Report on sanitation, dispensaries, and jails in Rajputana for 1909, and on vaccination for the year 1909-1910 - 1909-1910
Year: 1909
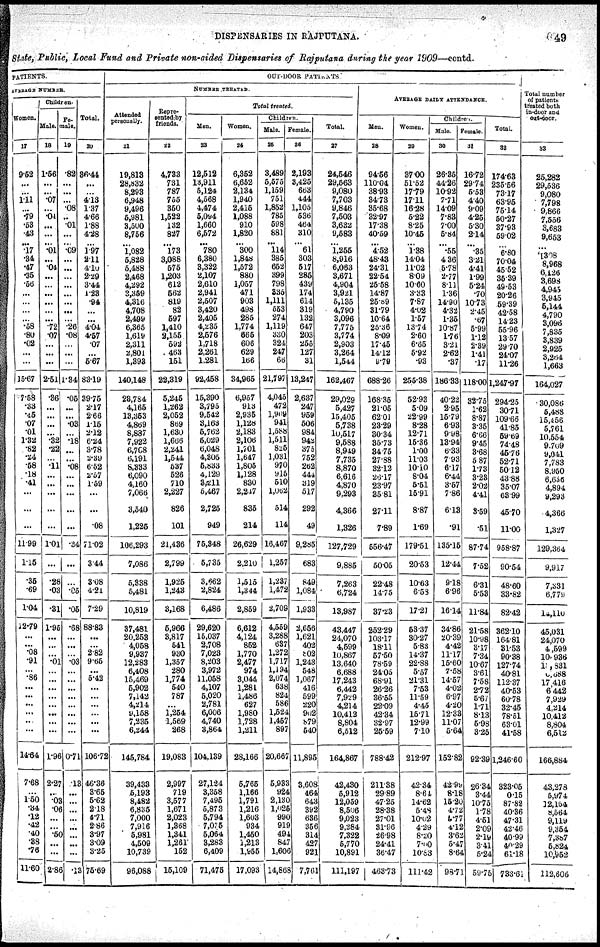
DISPENSARIES IN RAJPUTANA.
49
State, Public, Local Fund and Private non-aided Dispensaries of Rajputana during the year 1909—contd.
PATIENTS.
AVERAGE NUMBER.
Women.
17
9.52
...
...
111
...
.79
.53
.43
... .17
.34
.47
.35
.56
...
...
...
...
.58
.80
.02
...
...
15.67
7.58
.33
.45
.07
.01
1.32
.82
.24
.58
.18
.41
...
...
...
11.99
1.15
.35
.69
1.04
12.79
...
...
.08
.91
...
.86
...
...
...
...
...
...
14.64
7.68
...
1.50
.34
.12
.42
.40 .38
.76
11.60
Children.
Male.
18
1.56
...
...
.07
...
.04
...
...
...
.01
...
.04
...
...
...
...
...
...
.72
.07
...
...
...
2.51
.36
...
...
...
...
.32
.22
...
.11
...
...
...
...
...
1.01
...
.28
.03
.31
1.95
...
...
...
.01
...
...
...
...
...
...
...
...
1.96
2.27
...
.03
.06
...
... .50
...
...
2.86
Fe¬
male.
19
.82
...
...
...
.08
..
.01
...
...
.09
...
...
...
...
...
...
...
...
.26
.08
...
...
...
1.34
.05
...
...
.03
... .18
...
...
.08
...
...
...
...
...
.34
...
...
.05
.05
.68
...
...
...
.03
...
...
...
...
...
...
...
...
0.71
.13
...
...
...
...
...
...
...
...
.13
Total.
20
36.44
...
...
4.13
1.37
4.66
4.88
4.28
...
1.97
2.11
4.10
2.29
3.44
1.23
.94
...
...
4.04
4.57
.07
...
5.67
83.19
39.75
2.17
2.66
1.15
2.12
6.24
3.78
2.39
6.52
2.57
1.59
...
...
.08
71.02
3.44
3.08
4.21
7.29
88.83
...
...
2.82
9.65
...
5.42
...
...
...
...
...
...
106.72
46.36
3.65
5.62
2.18
4.71
2.86
3.97
3.09
3.25
75.69
OUT-DOOR PATIENTS
NUMBER TREATED.
Attended
personally.
21
19,813
28,832
8,293
6,948
9,496
5,981
3,500
8,756
...
1,082
5,828
5,488
2,468
4,292
3,359
4,316
4,708
2,499
6,365
1,619
2,311
2,801
1,393
140,148
23,784
4,165
13,353
4,869
8,887
7,922
6,708
6,191
8,333
6,090
4,160
7,066
3,540
1,225
106,293
7,086
5,338
5,481
10,819
37,481
20,253
4,058
9,937
12,283
6,408
15,469
5,902
7,142
4,214
9,158
7,235
6,244
145,784
39,433
5,193
8,482
6,835
7,000
7,916
5,981
4,509
10,739
96,088
Repre¬
sented by
friends.
22
4,733
731
787
755
350
1,522
132
827
...
173
3,088
575
1,203
612
562
819
82
597
1,410
2,155
592
463
151
22,319
5,245
1,262
2,052
869
1,630
1,666
2,241
1,544
537
526
710
2,227
826
101
21,436
2,799
1,925
1,243
3,168
5,966
3,817
541
930
1,357
280
1,774
540
787
...
1,254
1,569
268
19,083
2,997
719
3,577
1,671
2,023
1,368
1,341
1,261
152
15,109
Total treated.
Men.
23
12,512
13,911
5,124
4,568
4,474
5,094
1,660
6,572
... 780
6,380
3,322
2,107
2,610
2,941
2,507
3,420
2,405
4,235
2,576
1,718
2,261
1,281
92,458
15,390
3,795
9,542
3,163
5,762
5,029
6,048
4,305
5,833
4,129
3,211
5,467
2,725
949
75,348
5,735
3,662
2,824
6,486
29,620
15,037
2,708
7,023
8,203
3,972
11,058
4,107
5,020
2,781
6,006
4,740
3,864
104,139
27,124
3,358
7,495
5,873
5,794
7,075
5,064
3,283
6,409
71,475
Women.
24
6,352
6,652
2,134
1,940
2,415
1,088
910
1,820
... 300
1,848
1,572
880
1,057
471
903
498
285
1,774
665
606
629
166
34,965
6,957
913
2,935
1,128
2,183
2,106
1,701
1,647
1,805
1,128
830
2,247
835
214
26,629
2,210
1,515
1,344
2,859
6,612
4,124
852
1,770
2,477
974
3,044
1,281
1,486
627
1,980
1,728
1,211
28,166
5,765
1,166
1,791
1,216
1,608
934
1,450
1,213
1,955
17,093
Children.
Male.
25
3,489
5,575
1,159
751
1,852
785
598
881
... 114
385
652
399
798
335
1,111
553
274
1,119
330
324
247
66
21,797
4,045
472
1,969
941
1,588
1,511
825
1,031
970
915
510
1,062
514
114
16,467
1,257
1,237
1,472
2,709
4,559
3,288
637
1,272
1,717
1,194
2,074
638
824
586
1,524
1,457
897
20,667
5,933
924
2,130
1,025
990
919
494
847
1,606
14,868
Female.
26
2,193
3,425
663
444
1,105
536
464
310
... 61
303
517
285
439
174
614
319
132
647
203
255
127
31
13,247
2,637
247
959
506
984
942
375
752
262
444
319
517
292
49
9,285
683
849
1,084
1,933
2,656
1,621
402
802
1,243
548
1,067
416
599
220
902
879
540
11,895
3,608
464
643
392
636
356
314
427
921
7,701
Total.
27
24,546
29,563
9,080
7,703
9,846
7,503
3,632
9,583
... 1,255
8,916
6,063
3,671
4,904
3,921
5,135
4,790
3,096
7,775
3,774
2,903
3,264
1,544
162,467
29,029
5,427
15,405
5,738
10,517
9,588
8,949
7,735
8,870
6,616
4,870
9,293
4,366
1,326
127,729
9,885
7,263
6,724
13,987
43,447
24,070
4,599
10,867
13,640
6,688
17,243
6,442
7,929
4,214
10,412
8,804
6,512
164,867
42,430
5,912
12,059
8,506
9,023
9,284
7,322
5,770
10,891
111,197
AVERAGE DAILY ATTENDANCE.
Men.
28
94.56
110.04
38.93
34.73
35.68
32.97
17.38
40.59
...
4.52
48.43
24.31
22.54
25.58
14.87
25.89
31.79
10.64
25.36
8.09
17.45
14.12
9.79
688.26
168.35
21.05
62.01
23.29
30.34
35.73
34.75
27.88
32.12
26.17
23.97
35.81
27.11
7.89
556.47
50.05
22.48
14.75
37.23
252.29
103.17
18.11
57.50
78.59
24.05
68.91
26.26
36.55
22.09
42.34
32.97
25.59
788.42
211.38
29.89
47.25
28.38
27.01
31.96
26.98
24.41
36.47
463.73
Women.
29
37.00
51.52
17.79
17.11
16.28
5.22
8.25
10.45
...
1.38
14.04
11.02
8.09
10.60
3.33
7.87
4.02
1.57
13.74
2.60
6.65
5.92
.93
255.38
52.93
5.09
22.99
8.28
12.71
15.36
1.00
11.03
10.10
8.04
5.51
15.91
8.87
1.69
179.51
20.53
10.63
6.53
17.21
53.37
30.27
5.83
14.37
22.88
5.57
21.31
7.53
11.59
4.45
15.71
12.99
7.10
212.97
42.34
8.64
14.62
5.48
10.02
4.29
8.20
7.00
10.83
111.42
Children.
Male.
30
26.35
44.26
10.92
7.71
14.09
7.83
7.00
5.84
... .55
4.36
5.78
2.77
8.11
1.36
14.90
4.32
1.35
10.87
1.76
3.21
2.62
.37
186.33
40.22
2.95
15.79
6.93
9.98
13.94
6.33
7.93
6.17
6.44
3.57
7.86
6.13
.91
135.15
12.44
9.18
6.96
16.14
34.86
20.39
4.42
11.17
15.60
7.58
14.57
4.02
6.97
4.20
12.33
11.07
5.64
152.82
42.99
8.18
15.20
4.72
5.77
4.12
3.62
5.47
8.64
98.71
Female.
31
16.72
29.74
5.53
4.40
9.09
4.25
5.30
2.14
... .35
3.21
4.41
1.99
5.24
.70
10.73
2.45
.67
5.99
1.12
2.39
1.41
.17
118.00
32.75
1.62
8.87
3.35
6.66
9.45
3.68
5.87
1.73
3.23
2.02
4.41
3.59
.51
87.74
7.52
6.31
5.53
11.84
21.58
10.98
3.17
7.34
10.67
3.61
7.58
2.72
5.67
1.71
8.13
5.98
3.25
92.39
26.34
3.44
10.75
1.78
4.51
2.09
2.19
3.41
5.24
59.75
Total
32
174.63
235.56
73.17
63.95
75.14
50.27
37.93
59.02
...
6.80
70.04
45.52
35.39
49.53
20.26
59.39
42.58
14.23
55.96
13.57
29.70
24.07
11.26
1,247.97
294.25
30.71
109.66
41.85
59.69
74.48
45.76
52.71
50.12
43.88
35.07
63.99
45.70
11.00
958.87
90.54
48.60
33.82
82.42
362.10
164.81
31.53
90.38
127.74
40.81
112.37
40.53
60.78
32.45
78.51
63.01
41.58
1,246.60
323.05
0.15
87.82
40.36
47.31
42.46
40.99
40.29
61.18
733.61
Total number
of patients
treated both
in-door and
out-door.
33
25,282
29,536
9,080
7,798
9,866
7,556
3,683
9,653
...
1,308
8,968
6,126
3,698
4,945
3,945
5,144
4,790
3,096
7,835
3,839
2,925
3,264
1,663
164,027
30,086
5,488
15,456
5,761
10,554
9,709
9,041
7,783
8,950
6,656
4,894
9,293
4,366
1,327
129,364
9,917
7,331
6,779
14,110
45,031
24,070
4,599
10, 936
13, 831
6,688
17,416
6,442
7,929
4,214
10,412
8,804
6,512
166,884
43,278
5,974
12,154
8,564
9,119
9,354
7,387
5,824
10,952
112,606